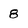
Character: 8